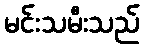
မင်းသမီးသည်